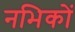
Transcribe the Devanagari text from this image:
नभिकों